Annual statistical returns and brief notes on vaccination in Bengal - 1887-1898
Year: 1887
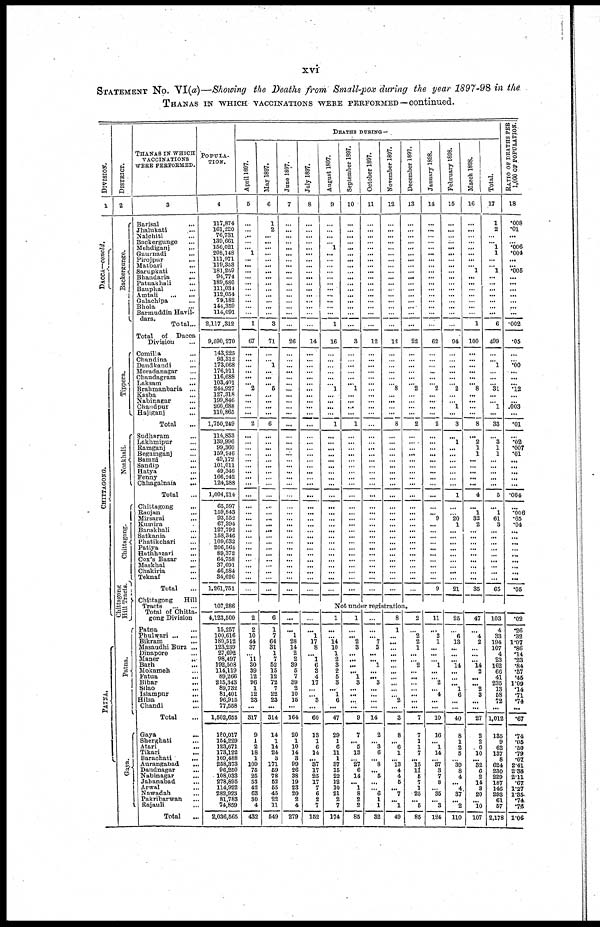
xvi
STATEMENT No. VI(a)—Showing the Deaths from Small-pox during the year 1897-98 in the
THANAS IN WHICH VACCINATIONS WERE PERFORMED—continued.
DIVISION.
1
DACCA—concld.
CHITTAGONG.
PATNA.
DISTRICT.
2
Backergunge.
Tippera.
Noakhali.
Chittagong.
Chittagong
Hill Tracts.
Patna.
Gaya.
THANAS IN WHICH
VACCINATIONS
WERE PERFORMED.
3
Barisal ...
Jhalukati ...
Nalchiti ...
Backergunge ...
Mehdiganj ...
Gaurnadi
...
Pirojpur ...
Matbari ...
Sarupkati ...
Bhandaria
...
Patuakhali ...
Bauphal ...
Amtali
...
...
Galachipa ...
Bhola ...
Barmuddin Havil¬
dars.
Total...
Total
of
Dacca
Division
...
Comilla ...
Chandina ...
Daudkandi ...
Moradanagar ...
Chaudagram ...
Laksam
...
Brahmanbaria ...
Kasba ...
Nabinagar ...
Chandpur ...
Hajrganj ...
Total ...
Sudharam ...
Lakhmipur ...
Ramganj ...
Begamganj ...
Bamni ...
Sandip ...
Hatya ...
Fenny
...
Chhagalnaia
...
Total ...
Chittagong ...
Raojan ...
Mirsarai ...
Kumira ...
Banskhali ...
Satkania ...
Phatikchari ...
Patiya ...
Hathhazari ...
Cox's Bazar ...
Maskhal ...
Chakiria
...
Teknaf ...
Total ...
Chittagong
Hill
Tracts
...
...
Total of Chitta-
gong Division
Patna ...
Phulwari
...
...
Bikram ...
Masaudhi Burz ...
Dinapore ...
Maner
...
Barh ...
Mokameh ...
Fatua
...
Bihar
...
Silao ...
Islampur
...
Hilsa
...
Chandi ...
Total ...
Gaya ...
Sherghati ...
Atari ...
Tikari ...
Barachati
...
Aurangabad
...
Daudnagar ...
Nabinagar ...
Jabanabad ...
Arwal
...
Nawadah ...
Pakribarwan ...
Rajauli ...
Total ...
POPULA¬
TION.
4
117,874
161,220
76,731
139,661
356,021
208,148
111,971
110,353
181,259
94,774
189,580
111,034
112,054
79,182
144,359
114,091
2,117 ,312
9,590,270
143,225
93,312
173,068
176,911
116,688
103,401
244,927
127,318
199,846
260,688
110,865
1,750,249
114,853
139,996
99,360
159,946
49,172
101,011
49,346
166,242
124,288
1,004,214
65,597
159,843
93,552
67,394
127,792
158,346
109,632
206,564
89,372
64,758
37,691
46,584
34,626
1,261,751
107,286
4,123,500
15,257
100,616
180,512
123,239
27,692
98,497
192,508
114,119
89,266
215,343
89,732
81,401
96,915
77,558
1,502,655
180,017
154,229
123,671
173,122
109,488
258,373
96,250
108,033
278,895
114,922
282,923
81,783
74,859
2,036,565
DEATHS DURING—
April 1897.
5
...
...
...
...
... 1
...
... ...
... ...
...
...
...
...
...
1
67
...
...
...
...
... ... 2
...
...
...
...
2
...
...
... ...
...
...
...
...
...
...
...
...
... ...
...
...
...
...
...
...
...
... ...
...
May 1897.
6
1
2
...
...
...
...
...
... ...
... ...
...
...
...
...
...
3
71
...
...
1
...
...
... 5
...
...
...
...
6
...
...
... ...
...
...
...
...
...
...
...
...
...
...
...
... ...
...
...
...
...
...
...
...
June 1897.
7
...
...
...
...
...
...
...
... ...
... ...
...
...
...
...
...
...
26
...
...
...
...
... ...
...
...
...
...
...
...
...
...
...
...
...
...
...
...
...
...
...
...
... ...
...
... ...
...
...
...
...
...
...
...
July 1897.
8
...
...
...
...
...
...
...
...
...
... ...
...
...
... ...
...
...
14
...
...
... ...
... ...
...
...
...
...
...
...
...
...
... ...
...
...
...
...
...
...
...
...
... ...
...
...
...
...
...
...
...
...
...
...
August 1897.
9
...
...
...
...
1
...
...
... ...
... ...
...
...
... ...
...
1
16
...
...
... ...
...
... 1
...
...
...
...
1
...
...
... ...
...
...
...
...
...
...
...
...
... ...
...
... ...
...
...
...
...
...
...
...
September 1897.
10
...
...
... ...
...
...
...
... ...
... ...
...
...
... ...
...
...
3
...
...
...
...
...
... 1
...
...
...
...
1
...
...
... ...
...
...
...
...
...
...
...
...
... ...
...
... ... ...
...
...
...
...
...
...
October 1897.
11
...
...
...
...
...
...
...
... ...
...
...
...
...
...
...
...
...
12
...
...
... ...
... ...
...
...
...
...
...
...
...
...
... ...
...
...
...
...
...
...
...
...
... ...
...
...
...
...
...
...
...
...
...
...
November 1897.
12
...
...
... ...
...
...
...
...
...
... ...
...
...
... ...
...
...
12
...
...
... ...
...
... 8
...
...
...
...
8
...
...
... ...
...
...
...
...
...
...
...
...
... ...
...
...
...
...
...
...
...
...
...
...
December 1897.
13
...
...
... ...
...
...
...
... ...
... ...
...
...
...
...
...
...
22
...
...
...
...
... ... 2
...
...
...
...
2
...
...
...
...
...
...
...
...
...
...
...
...
... ...
...
... ... ...
...
...
...
...
...
...
January 1898.
14
...
...
...
...
...
...
...
...
...
... ...
...
...
... ...
...
...
62
...
...
... ...
... ... 2
...
...
...
...
2
...
...
... ...
...
...
...
...
...
...
...
... 9
...
...
...
...
...
...
...
...
...
...
9
February 1898.
15
...
...
...
...
...
...
...
... ...
... ...
...
...
...
...
...
...
94
...
...
... ...
... ... 2
...
... 1
...
3
...
1
... ...
...
...
...
...
...
1
...
... 20
1
...
...
...
...
...
...
...
...
...
21
March 1898.
16
...
...
...
...
...
...
...
... 1
...
...
...
...
...
...
...
1
100
...
...
... ...
...
... 8
...
...
...
...
8
...
2
1
1
...
...
...
...
...
4
...
1
32
2
...
...
...
...
...
...
...
...
...
35
Total.
17
1
2
...
... 1
1
...
... 1
... ...
...
...
... ...
...
6
499
...
... 1
...
...
...
31
...
... 1
...
33
...
3
1
1
...
...
...
...
...
5
...
1
61
3
...
...
...
...
...
...
...
...
...
65
RATIO OF DEATHS PER
1,000 OF POPULATION.
18
.008
.01
... ... .006
.004
...
... .005
...
...
...
...
... ...
...
.002
.05
...
... .00
...
...
... .12
...
...
.003
...
.01
...
.02
.007
.01
...
...
...
...
...
.004
...
.006
.65
.04
...
...
...
...
...
...
...
...
...
.05
Not under registration.
2
2
10
44
37
...
11
30
39
12
96
1
12
23
...
317
9
1
2
18
1
109
75
25
53
42
63
30
4
432
6
1
7
64
31
1
7
52
15
12
72
7
22
23
...
314
14
1
14
24
3
171
59
78
52
55
45
22
11
549
...
...
1
28
14
2
2
39
5
7
39
2
10
15
...
164
20
1
10
14
3
99
26
38
19
23
20
2
4
279
...
...
1
17
8
... 1
6
3
4
17
...
...
3
...
60
13
1
6
14
...
37
17
25
17
7
6
2
7
152
1
...
...
14
10
1
2
3
2
5
3
...
1
6
...
47
29
1
6
11
1
37
15
22
12
10
21
2
7
174
1
...
... 2
3
... ...
...
...
1
3
...
...
...
...
9
7
... 5
13
...
27
6
14
... 1
8
2
2
85
...
...
... 7
3
... ... 1
...
... 3
...
...
...
...
14
2
... 3
6
... 8
... 5
...
... 6
1
1
32
8
1
...
...
...
...
...
...
...
...
...
...
...
2
...
3
8
... 6
1
...
13
4
4
5
...
7
...
1
49
2
...
2
2
1
... ... 2
...
...
...
...
...
...
...
7
7
1
1
7
... 15
11
5
7
1
25
... 5
85
11
...
2
1
...
... ... 1
...
...
2
... 4
...
...
10
16
... 1
14
...
37
3
7
8
... 35
...
3
124
25
...
6
13
...
... ... 14
...
...
...
1
6
...
...
40
8
1
2
5
...
39
8
4
...
4
37
...
2
110
47
...
4
2
...
... ... 14
2
...
... 2
3
...
...
27
2
2
6
10
...
32
6
2
14
3
20
...
10
107
103
4
33
194
107
4
23
162
66
41
235
13
58
72
...
1,012
135
9
62
137
8
624
230
229
187
146
293
61
57
2,178
.02
.26
.32
1.07
.86
.14
.23
.84
.57
.45
1.09
.14
.71
.74
...
.67
.74
.05
.50
.79
.07
2.41
2.38
2.11
.67
1.27
1.35
.74
.76
1.06